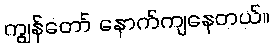
ကျွန်တော် နောက်ကျနေတယ်။